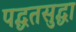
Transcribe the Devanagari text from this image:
पद्धतसुद्धा